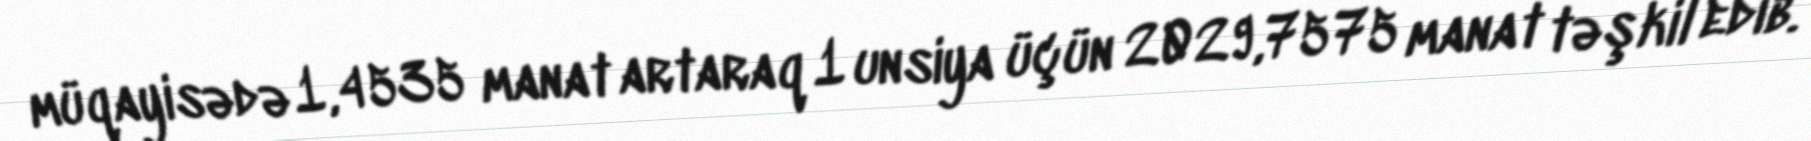
müqayisədə 1,4535 manat artaraq 1 unsiya üçün 2029,7575 manat təşkil edib.